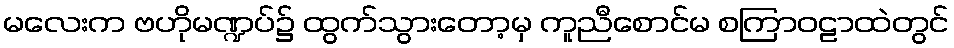
မလေးက ဗဟိုမဏ္ဍပ်၌ ထွက်သွားတော့မှ ကူညီစောင်မ စကြာဝဠာထဲတွင်